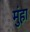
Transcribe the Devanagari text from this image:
मुंहा